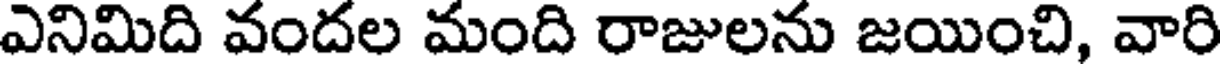
ఎనిమిది వందల మంది రాజులను జయించి, వారి